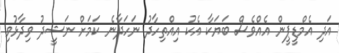
އަދި އެމްޑީޕީން އެއްވެސް ބަޔަކާ އެކު އިއްތިހާދު ނަހަދާނެ ކަމަށް ނަޝީދު ވިދާޅުވި